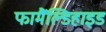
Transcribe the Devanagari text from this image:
फामैंल्डिहाइड